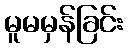
မူမမှန်ခြင်း